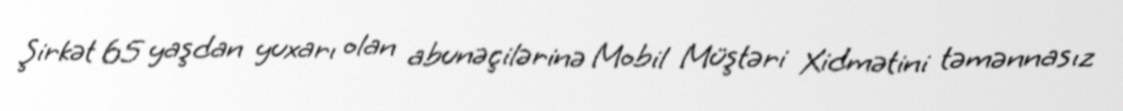
Şirkət 65 yaşdan yuxarı olan abunəçilərinə Mobil Müştəri Xidmətini təmənnasız